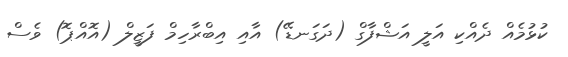
ކުޅުމެއް ދެއްކި އަލީ އަޝްފާގް (ދަގަނޑޭ) އާއި އިބްރާހިމް ފަޒީލް (އޮއްޕޮ) ވެސް